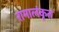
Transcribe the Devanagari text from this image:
रामालंकृत